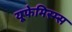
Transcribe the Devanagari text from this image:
यूफेमिस्म्स